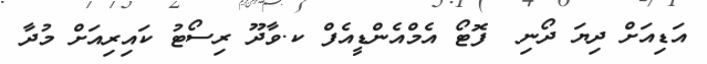
އަޑިއަށް ދިޔަ ދޯނި  ފޮޓޯ އެމްއެންޑީއެފް ކ.ވާދޫ ރިސޯޓު ކައިރިއަށް މުދާ